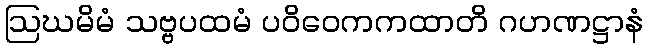
ဩဃမိမံ သဗ္ဗပထမံ ပဝိဝေကကထာတိ ဂဟဏဋ္ဌာနံ